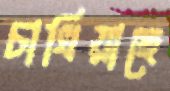
চাখিয়াছে